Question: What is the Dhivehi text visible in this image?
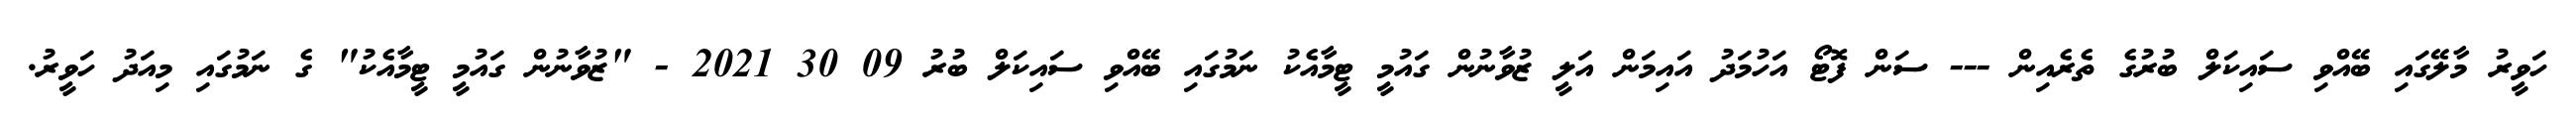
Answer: ހަވީރު މާލޭގައި ބޭއްވި ސައިކަލް ބުރުގެ ތެރެއިން --- ސަން ފޮޓޯ އަހުމަދު އައިމަން އަލީ ޒުވާނުން ގައުމީ ޓީމާއެކު ނަމުގައި ބޭއްވި ސައިކަލް ބުރު 09 30 2021 - "ޒުވާނުން ގައުމީ ޓީމާއެކު" ގެ ނަމުގައި މިއަދު ހަވީރު.